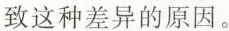
致这种差异的原因。